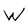
Character: W